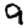
Digit: 9